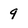
Character: 9